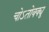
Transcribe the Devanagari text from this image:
चोऽतोक्क्यू